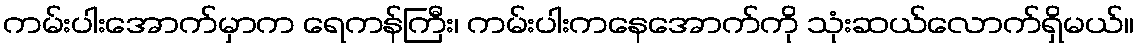
ကမ်းပါးအောက်မှာက ရေကန်ကြီး၊ ကမ်းပါးကနေအောက်ကို သုံးဆယ်လောက်ရှိမယ်။